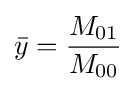
{\bar {y}}={\frac {M_{01}}{M_{00}}}